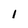
Character: l